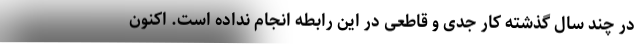
در چند سال گذشته کار جدی و قاطعی در این رابطه انجام نداده است. اکنون